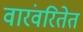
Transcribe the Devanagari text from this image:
वारंवरितेत